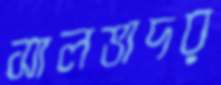
সালভাদর